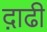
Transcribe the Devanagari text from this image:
द़ाढी